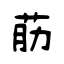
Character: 荕